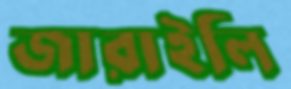
জারাইলি